Papers set at the Examination for Leaving Certificates, 1891
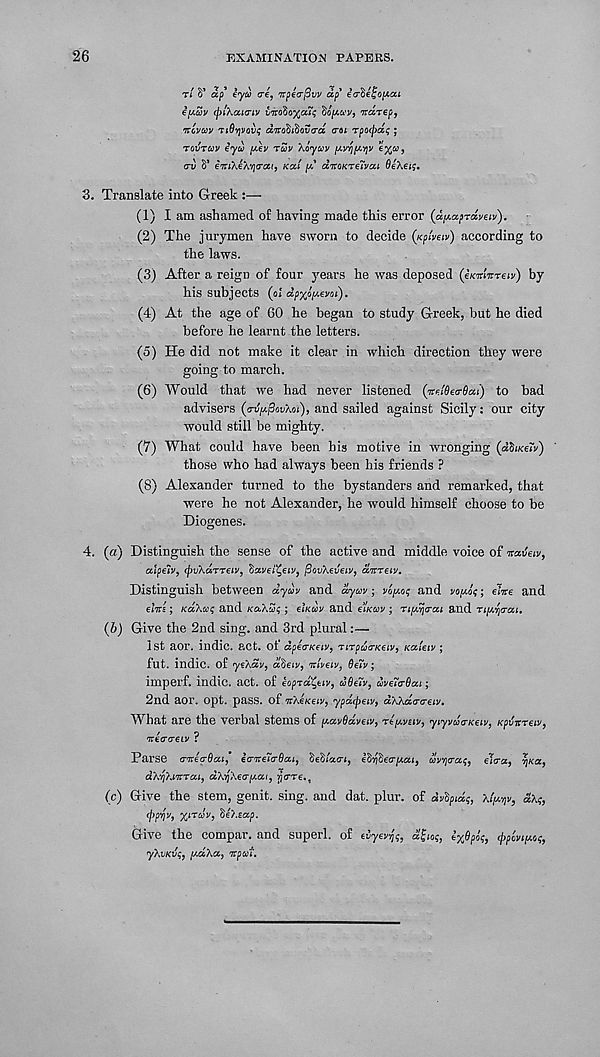
26
EXAMINATION PAPERS.
Tt S’ ap' iyu <re, atpeo-fivv dp' ea-heHapai
eujJrv (jii'/.rucriv v'iro?)o%a.'i<; Sopwv, ardrep,
ivcvcov TiOyjvoin; diro^i^oao'd cai rpoejra^ ;
TOVTUV eyu pt-ey ray Xoyoy p.vfjp-rpy
eri) S’ eTnXeATjtraf, Kai [A d'KOKTe'iva.i 0eA6(j.
3. Translate into Greek :—
(1) I am ashamed of having made this error (a/xa^raVew).
(2) The jurymen have sworn to decide (Kplveiv) according to
the laws.
(3) After a reign of four years he was deposed (eKmnreiv) by
his subjects (ol dpyJiAev'A).
(4) At the age of 60 he began to study Greek, but he died
before he learnt the letters.
(o) He did not make it clear in which direction they were
going to march.
(6) Would that we had never listened (vel8e<r6at) to bad
advisers (tnlpifiovXoi), and sailed against Sicily: our city
would still be mighty.
(7) What could have been bis motive in wronging (aSuceiV)
those who had always been his friends ?
(8) Alexander turned to the bystanders and remarked, that
were he not Alexander, he would himself choose to be
Diogenes.
4. (a) Distinguish the sense of the active and middle voice of atatleiv,
alpelv, cpvXaTTeiy, Savei^eiy, fiovXeveiv, anreiv.
Distinguish between dyay and dyav ; vojMx; and yopoi;; elite and
elite; KCSXB; and /caXSj ; eiKcoy and e'lKuv ; numeral and riptria-ai.
(b) Give the 2nd sing, and 3rd plural:—
1st aor. indie, act. Of dpea-Keiv, rirpua-Keiy, Kaieiv ;
fut. indie, of ye\dv, adeiv, itlyeiy, Qejy;
imperf. indie, act. of eoprd^ttv, uQetv, dveTa-Oai;
2nd aor. opt. pass, of itheKeiv, ypdtpeiv, dxxda’a-eiv.
What are the verbal stems of [AavOdvetv, rt[j.v£iv, yiyvua-KeLv, Kpvitreit,
itetta-eLV ?
Parse aiteo-Oca, e<Titei<T8a.i, &€§/W(, eSySeo-fiai, dyija-af, eTtra, qua,
dhqkiitrai, d\y\ecr/Aai, fja-re.,
(c) Give the stem, genit. sing, and dat. plur. of dylytdf, Xifav,
(j’pijy, X'TaV, 'tu.eap.
Give the compar. and superl. of evyeyfa,
tyfiplt;, cpplvipte;,
y/.VK’Jt, lACcXot, Itpcti.